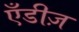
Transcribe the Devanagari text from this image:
एँडीज़